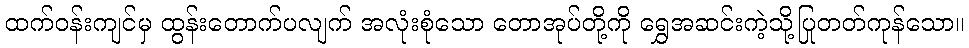
ထက်ဝန်းကျင်မှ ထွန်းတောက်ပလျက် အလုံးစုံသော တောအုပ်တို့ကို ရွှေအဆင်းကဲ့သို့ပြုတတ်ကုန်သော။